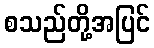
စသည်တို့အပြင်